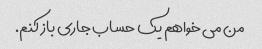
من می خواهم یک حساب جاری باز کنم.